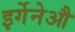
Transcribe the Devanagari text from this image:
इर्गेनेऔ